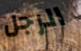
الرجل